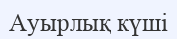
Ауырлық күші